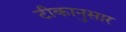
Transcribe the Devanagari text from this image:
टीकानुसार